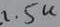
Text: 1.5K